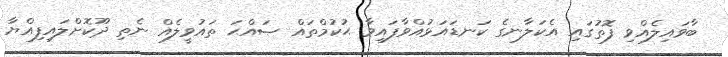
ބާވައިލެއްވި ފޮތުގައި އެކަލާނގެ ކަނޑައަޅުއްވާފައިވާ ޙުކުމްތައް ޞައްޙަ ތައުވީލެއް ނެތި ދޫކޮށްލައިފިއްޔާ